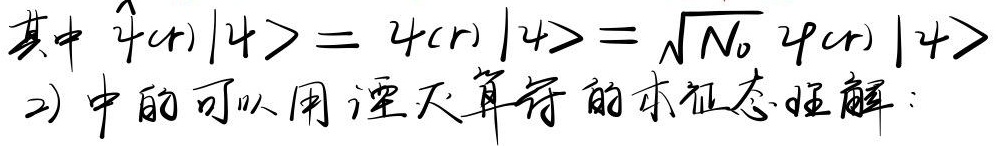
其中\(\hat{\psi}(r)|\psi\rangle = \psi(r)|\psi\rangle = \sqrt{N_0} \psi(r)|\psi\rangle\)。2) 中的可以用湮灭算符的本征态理解：